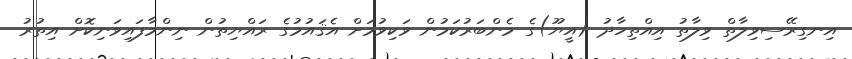
އިނގިރޭސިވިލާތް ވިލާތު އިއްތިހާދު (އީޔޫ)ގެ މެންބަރުކަމުން ވަކިވުމަށް އެޤައުމުގެ ރައްޔިތުން ނިންމާފައިވަނިކޮށް އިތުރު